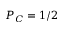
P _ { C } = 1 / 2